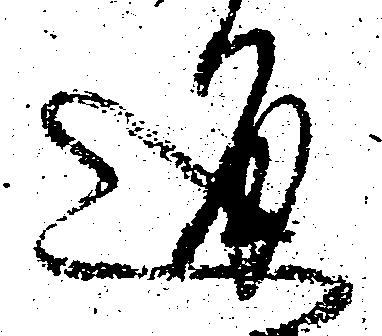
通